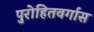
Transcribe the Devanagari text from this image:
पुरोहितवर्गास